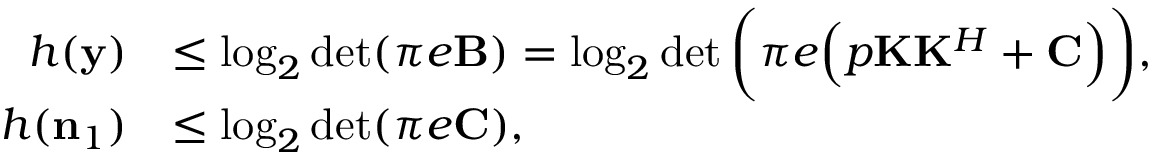
\begin{array} { r l } { h ( \mathbf { y } ) } & { \le \log _ { 2 } \operatorname* { d e t } ( \pi e \mathbf { B } ) = \log _ { 2 } \operatorname* { d e t } \bigg ( \pi e \Big ( p \mathbf { K } \mathbf { K } ^ { H } + \mathbf { C } \Big ) \bigg ) , } \\ { h ( \mathbf { n } _ { 1 } ) } & { \le \log _ { 2 } \operatorname* { d e t } ( \pi e \mathbf { C } ) , } \end{array}